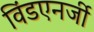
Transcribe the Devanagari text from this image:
विंडएनर्जी